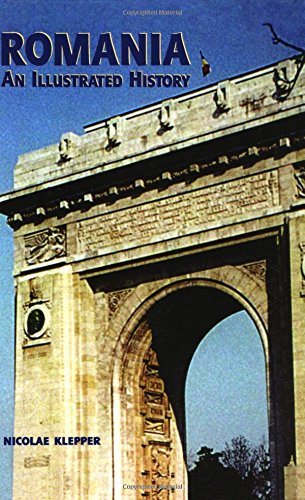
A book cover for Romania: An Illustrated History (Illustrated Histories); Nicolae Klepper; History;